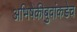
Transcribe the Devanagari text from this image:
अभिषेकीबुवांकडेच